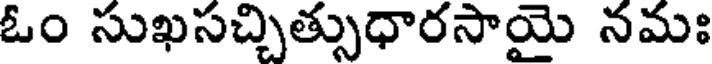
ఓం సుఖసచ్చిత్సుధారసాయై నమః